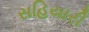
સહિયારી